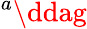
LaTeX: ^{a}\ddag